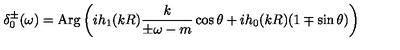
\delta _ { 0 } ^ { \pm } ( \omega ) = \mathrm { A r g } \left( i h _ { 1 } ( k R ) \frac { k } { \pm \omega - m } \cos \theta + i h _ { 0 } ( k R ) ( 1 \mp \sin \theta ) \right)